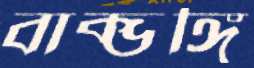
বাক্ভঙ্গি